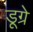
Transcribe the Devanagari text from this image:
डूग्रे